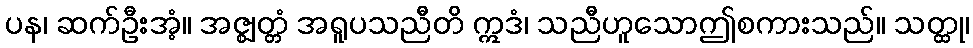
ပန၊ ဆက်ဦးအံ့။ အဇ္ဈတ္တံ အရူပသညီတိ ဣဒံ၊ သညီဟူသောဤစကားသည်။ သတ္ထု၊